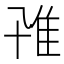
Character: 𨾐